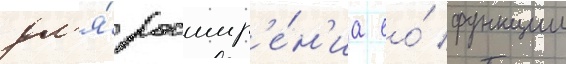
дл'я́ расшир'е́н'иа ео́ функции